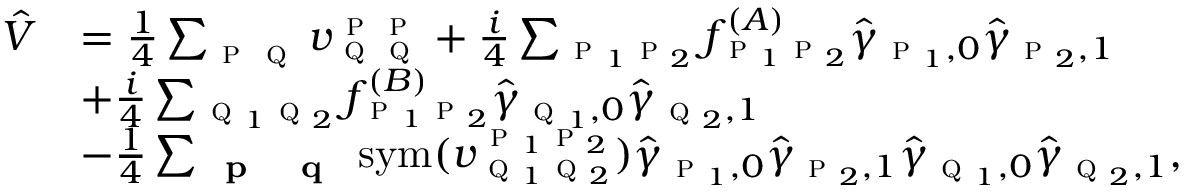
\begin{array} { r l } { \hat { V } } & { = \frac { 1 } { 4 } \sum _ { \textsc { p } \textsc { q } } v _ { \textsc { q } \textsc { q } } ^ { \textsc { p } \textsc { p } } + \frac { i } { 4 } \sum _ { \substack { \textsc { p } _ { 1 } \textsc { p } _ { 2 } } } f _ { \textsc { p } _ { 1 } \textsc { p } _ { 2 } } ^ { ( A ) } \hat { \gamma } _ { \textsc { p } _ { 1 } , 0 } \hat { \gamma } _ { \textsc { p } _ { 2 } , 1 } } \\ & { + \frac { i } { 4 } \sum _ { \substack { \textsc { q } _ { 1 } \textsc { q } _ { 2 } } } f _ { \textsc { p } _ { 1 } \textsc { p } _ { 2 } } ^ { ( B ) } \hat { \gamma } _ { \textsc { q } _ { 1 } , 0 } \hat { \gamma } _ { \textsc { q } _ { 2 } , 1 } } \\ & { - \frac { 1 } { 4 } \sum _ { \substack { \textbf { \textsc { p } } \textbf { \textsc { q } } } } \mathrm { s y m } ( v _ { \textsc { q } _ { 1 } \textsc { q } _ { 2 } } ^ { \textsc { p } _ { 1 } \textsc { p } _ { 2 } } ) \hat { \gamma } _ { \textsc { p } _ { 1 } , 0 } \hat { \gamma } _ { \textsc { p } _ { 2 } , 1 } \hat { \gamma } _ { \textsc { q } _ { 1 } , 0 } \hat { \gamma } _ { \textsc { q } _ { 2 } , 1 } , } \end{array}